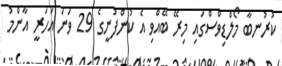
ކުރުނބާ މޯލްޑިވްސްގައި މިރޭ ބޭއްވި އެ ކުންފުނީގެ 29 ވަނަ އަހަރީ އާންމު